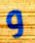
و